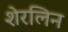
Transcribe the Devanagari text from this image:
शेरलिन